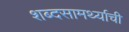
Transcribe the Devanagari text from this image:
शब्दसामर्थ्याची